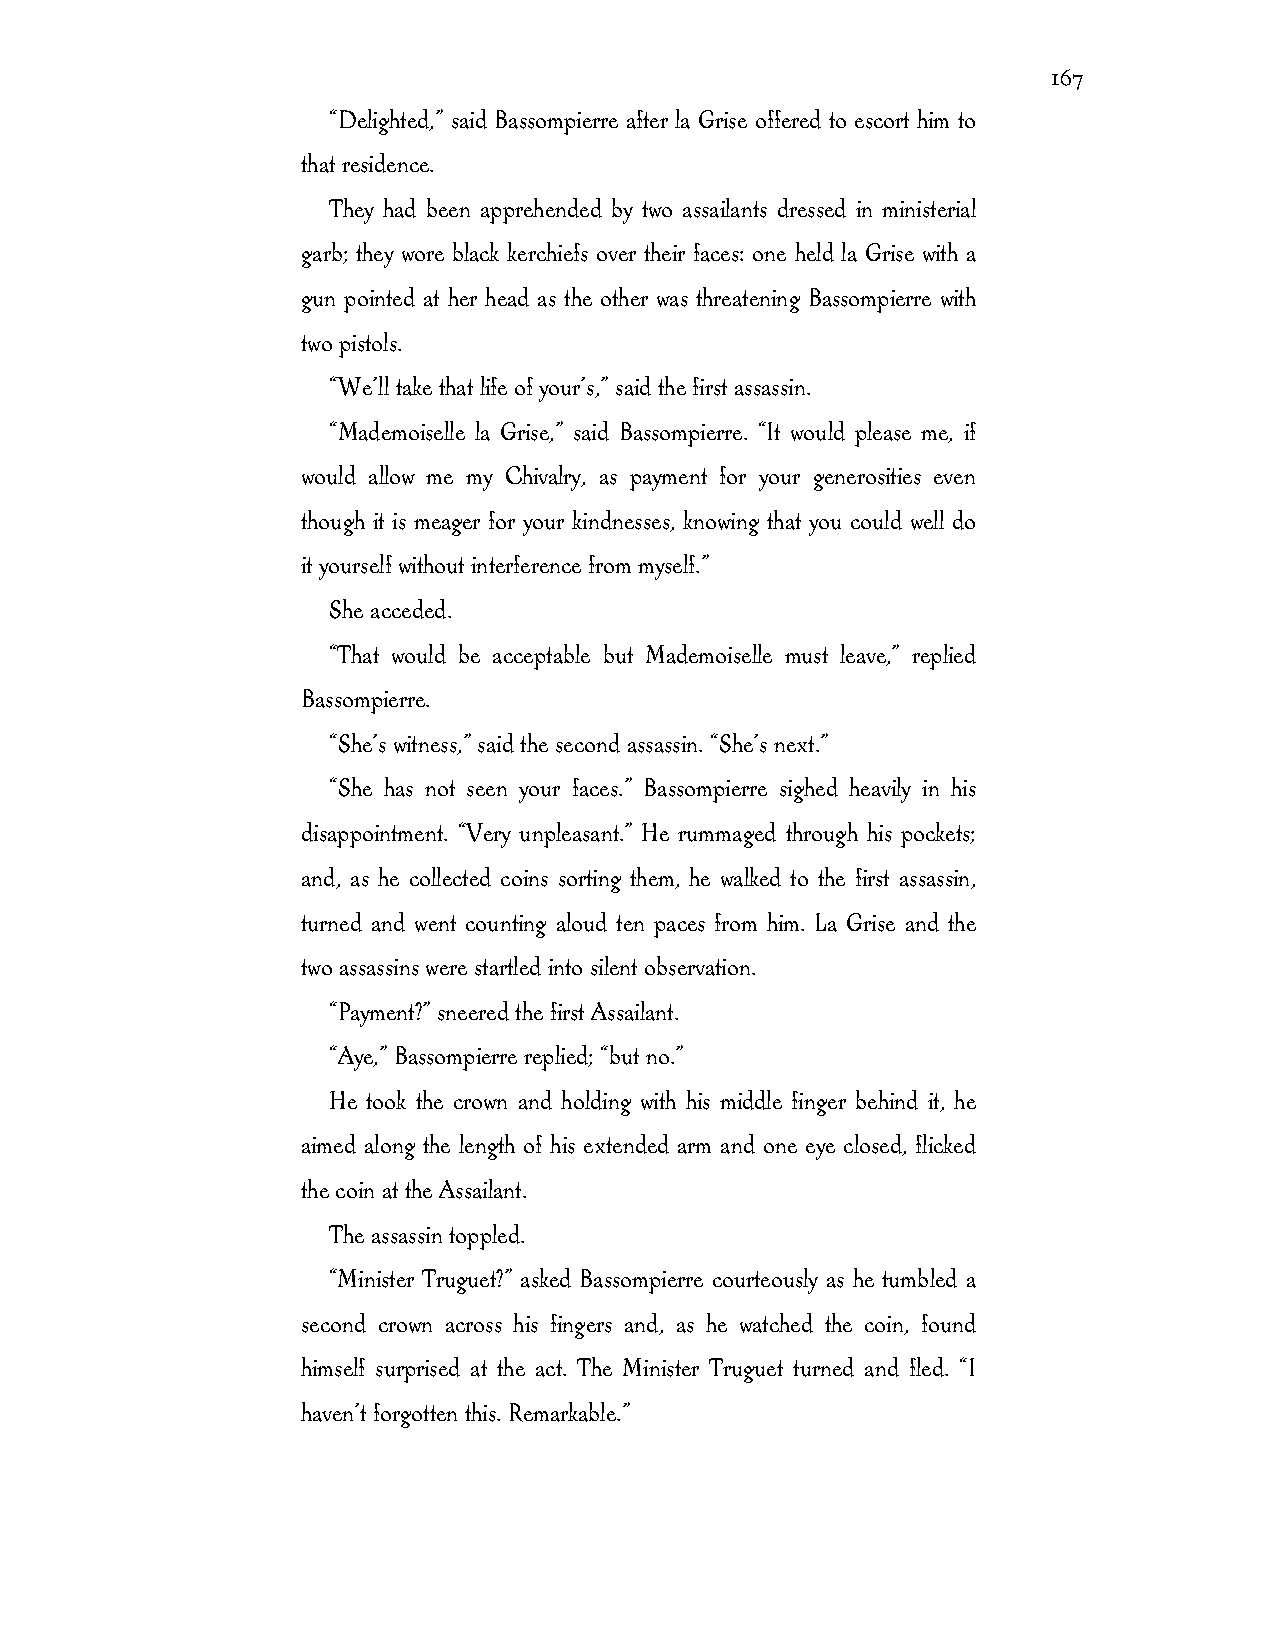
167
 “Delighted,” said Bassompierre after la Grise offered to escort him to
 that residence.
 They had been apprehended by two assailants dressed in ministerial
 garb; they wore black kerchiefs over their faces: one held la Grise with a
 gun pointed at her head as the other was threatening Bassompierre with
 two pistols.
 “We’ll take that life of your’s,” said the first assassin.
 “Mademoiselle la Grise,” said Bassompierre. “It would please me, if
 would allow me my Chivalry, as payment for your generosities even
 though it is meager for your kindnesses, knowing that you could well do
 it yourself without interference from myself.”
 She acceded.
 “That would be acceptable but Mademoiselle must leave,” replied
 Bassompierre.
 “She’s witness,” said the second assassin. “She’s next.”
 “She has not seen your faces.” Bassompierre sighed heavily in his
 disappointment. “Very unpleasant.” He rummaged through his pockets;
 and, as he collected coins sorting them, he walked to the first assassin,
 turned and went counting aloud ten paces from him. La Grise and the
 two assassins were startled into silent observation.
 “Payment?” sneered the first Assailant.
 “Aye,” Bassompierre replied; “but no.”
 He took the crown and holding with his middle finger behind it, he
 aimed along the length of his extended arm and one eye closed, flicked
 the coin at the Assailant.
 The assassin toppled.
 “Minister Truguet?” asked Bassompierre courteously as he tumbled a
 second crown across his fingers and, as he watched the coin, found
 himself surprised at the act. The Minister Truguet turned and fled. “I
 haven’t forgotten this. Remarkable.”